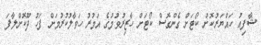
ޝާފިއު ހައްޔަރުކޮށް ކޯޓަށް ގެންގޮސް ކޯޓަށް ހާޒިރުވުމުގެ އަމުރު ހަވާލުކުރުމަށް ފަހު ދޫކޮށްލާފަ